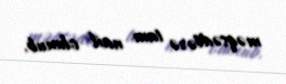
məqsədlərə tam nail olunub.